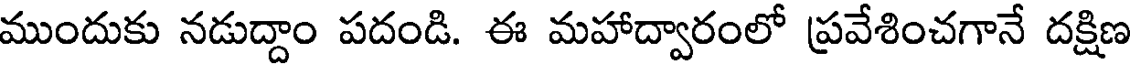
ముందుకు నడుద్దాం పదండి. ఈ మహాద్వారంలో ప్రవేశించగానే దక్షిణ